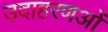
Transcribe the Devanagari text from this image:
उदाहरणओं